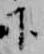
下